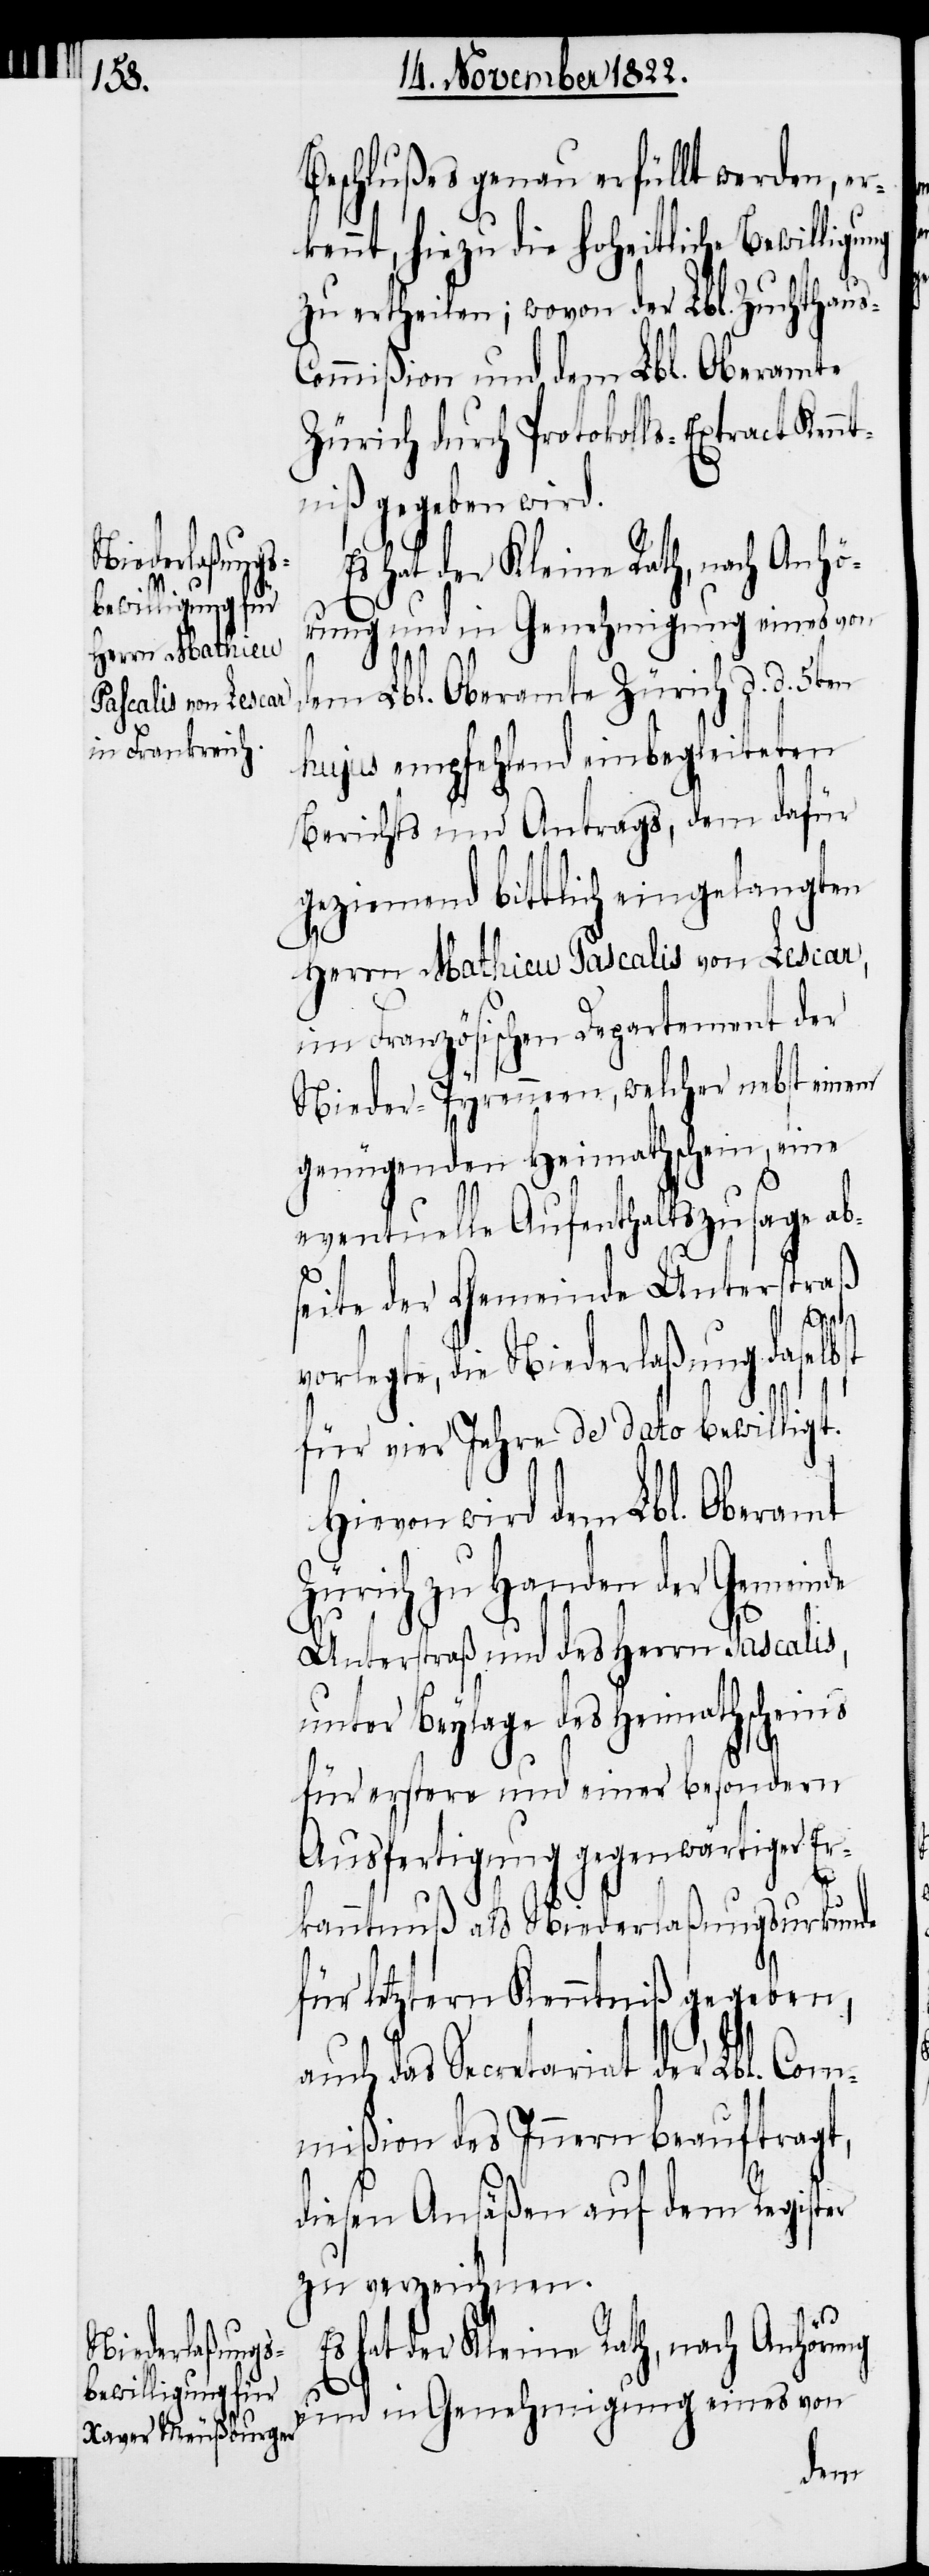
dem Lbl. Oberamte Zürich d. d.
hujus empfehlend einbegleiteten
Berichts und Antrags, dem dafür
geziemend bittlich eingelangten
Herrn Mathieu Pascalis von Lescar,
im Französischen Departement der
Nieder-Pyrenneen, welcher nebst einem
genügenden Heimathschein, eine
eventuelle Aufenthaltszusage ab¬
Z¬
seite der Gemeinde Unterstraß
de
vorlegte, die Niederlaßung daselbst
für vier Jahre de dato bewilligt.
Hievon wird dem Lbl. Oberamt
ürich zu Handen der Gemein¬
Unterstraß und des Herrn Pascalis,
unter Beylage des Heimathscheins
für erstere und einer besondern
Ausfertigung gegenwärtiger Er¬
kanntnuß als Niederlaßungsurkunde
für letztern Kenntniß gegeben,
auch des Secretariat der Lbl. Com¬
mißion des Innern beauftragt,
diesen Ansäßen auf dem Register
zu verzeichnen.
Es hat der Kleine Rath, nach Anhörung
und in Genehmigung eines von